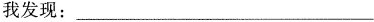
我发现___